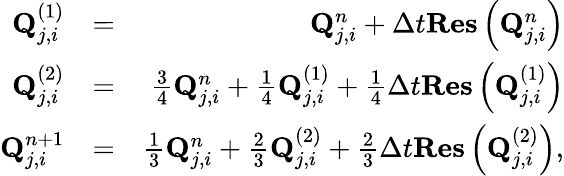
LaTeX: \begin{array}{rlr}{\mathbf{Q}_{j,i}^{(1)}}&{=}&{\mathbf{Q}_{j,i}^{n}+\Delta t\mathbf{Res}\left(\mathbf{Q}_{j,i}^{n}\right)}\\ {\mathbf{Q}_{j,i}^{(2)}}&{=}&{\frac{3}{4}\mathbf{Q}_{j,i}^{n}+\frac{1}{4}\mathbf{Q}_{j,i}^{(1)}+\frac{1}{4}\Delta t\mathbf{Res}\left(\mathbf{Q}_{j,i}^{(1)}\right)}\\ {\mathbf{Q}_{j,i}^{n+1}}&{=}&{\frac{1}{3}\mathbf{Q}_{j,i}^{n}+\frac{2}{3}\mathbf{Q}_{j,i}^{(2)}+\frac{2}{3}\Delta t\mathbf{Res}\left(\mathbf{Q}_{j,i}^{(2)}\right),}\end{array}